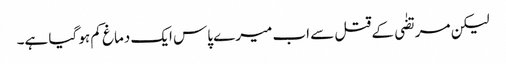
لیکن مرتضٰی کے قتل سے اب میرے پاس ایک دماغ کم ہو گیا ہے۔